system: You are a helpful assistant.
user:
Analyze the provided spectrum to determine if it is a **"Cataclysmic Variables (CV)"**.

- **Key Indicators for CV (Check for either state):**
    - **State 1: Quiescent / Low-State (Emission-Dominated)**
        - **(Primary):** Strong and *very broad* Hydrogen Balmer emission lines (e.g., $H\alpha$ at 6563 Å, $H\beta$ at 4861 Å). The 'broadness' (high velocity dispersion, often FWHM > 1000 km/s) is the key diagnostic, indicating a high-velocity accretion disk.
        - **(Secondary):** Broad neutral Helium (He I) emission lines (e.g., 5876 Å, 6678 Å).
        - **(Key Confirmation):** Presence of high-excitation *ionized* Helium (He II) emission at 4686 Å. This is a strong indicator of accretion onto a white dwarf.
        - **(Line Profile):** Emission lines may exhibit a 'double-peaked' profile, which is a classic signature of a rotating accretion disk viewed at high inclination.

    - **State 2: Outburst / High-State (Absorption-Dominated)**
        - **(Primary):** Spectrum is dominated by a bright, blue continuum (looks like a hot star).
        - **(Secondary):** The emission lines from State 1 are weak, absent, or 'filled in', and are replaced by broad, shallow *absorption* lines (primarily Balmer and He I).
        - **(Morphology):** The overall spectrum mimics a hot B/A-type star. The crucial difference is that the absorption lines are significantly broader, shallower, and more 'washed-out' (or 'smeared') than the sharp lines of a normal stellar photosphere, due to high rotational speeds and pressure broadening in the disk.

Think first, call **spectral_visualization_tool** if needed to examine features in detail, then provide your final answer. Your response must adhere to the following strict rules:
1.  **Overall Structure:** Your response must follow the format `<think>...</think> <tool_call>...</tool_call> (if a tool is used) <answer>...</answer>`.
2.  **Tool Usage Constraint:** You may only make **one** tool call per turn.
3.  **Final Answer Format:** In the `<answer>` tag, your conclusion must be inside a `\boxed{}` command (e.g., `\boxed{YES}`), followed by your justification.

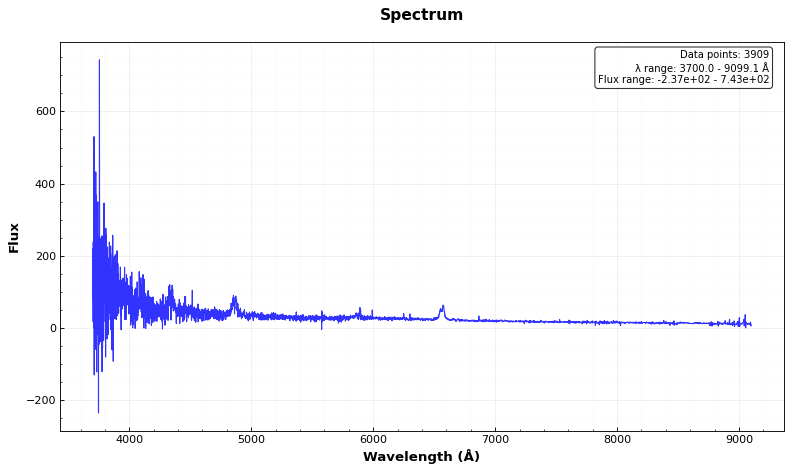
Answer: YES